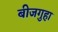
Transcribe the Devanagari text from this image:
बीजगुहा